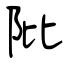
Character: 阰